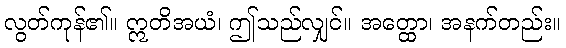
လွတ်ကုန်၏။ ဣတိအယံ၊ ဤသည်လျှင်။ အတ္ထော၊ အနက်တည်း။